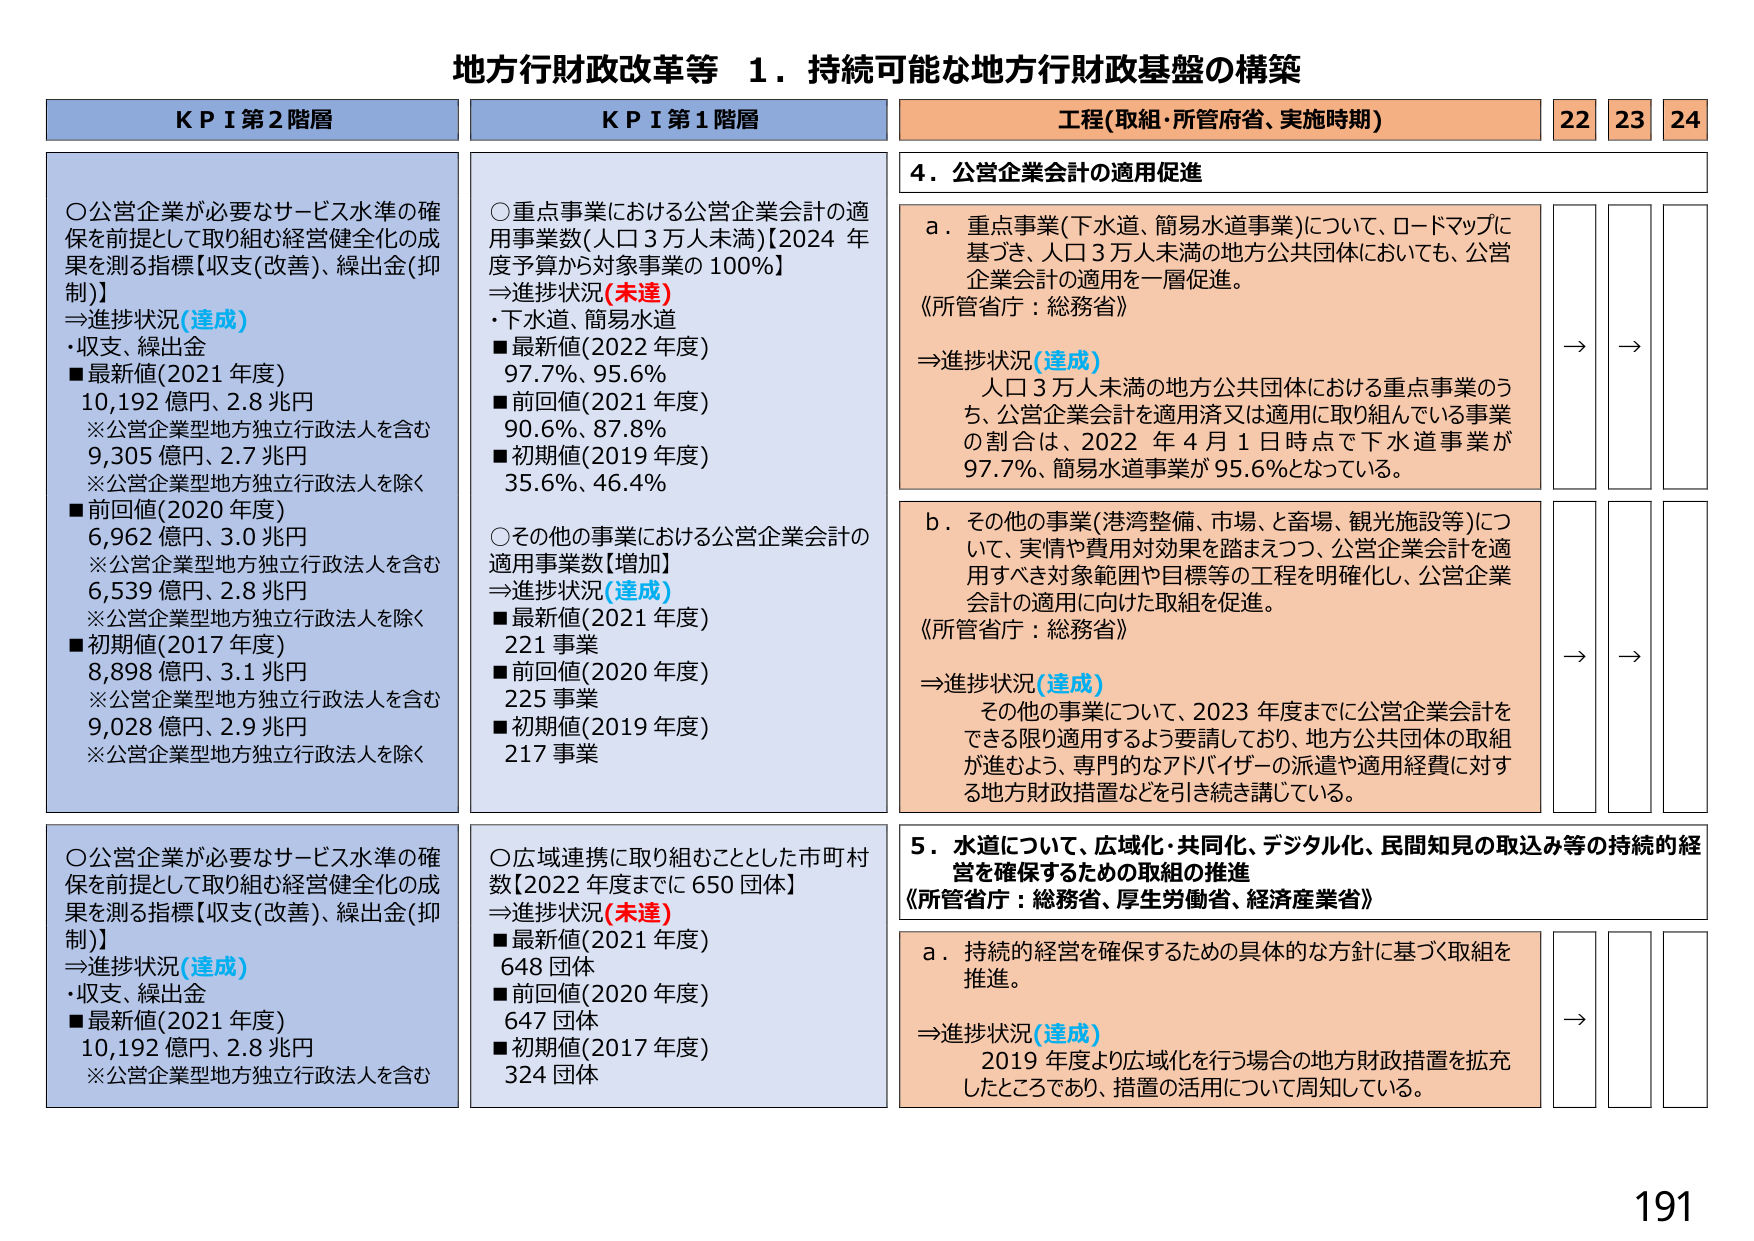
地方行財政改革等 1．持続可能な地方行財政基盤の構築

KPI 第2階層
○公営企業が必要なサービス水準の確保を前提として取り組む経営健全化の成果を測る指標【収支(改善)、繰出金(抑制)】
⇒進捗状況(達成)
・収支、繰出金
■最新値(2021年度)
10,192億円、2.8兆円
※公営企業型地方独立行政法人を含む
9,305億円、2.7兆円
※公営企業型地方独立行政法人を除く
■前回値(2020年度)
6,962億円、3.0兆円
※公営企業型地方独立行政法人を含む
6,539億円、2.8兆円
※公営企業型地方独立行政法人を除く
■初期値(2017年度)
8,898億円、3.1兆円
※公営企業型地方独立行政法人を含む
9,028億円、2.9兆円
※公営企業型地方独立行政法人を除く

○公営企業が必要なサービス水準の確保を前提として取り組む経営健全化の成果を測る指標【収支(改善)、繰出金(抑制)】
⇒進捗状況(達成)
・収支、繰出金
■最新値(2021年度)
10,192億円、2.8兆円
※公営企業型地方独立行政法人を含む

KPI 第1階層
○重点事業における公営企業会計の適用事業数(人口3万人未満)【2024年度予算から対象事業の100%】
⇒進捗状況(未達)
・下水道、簡易水道
■最新値(2022年度)
97.7%、95.6%
■前回値(2021年度)
90.6%、87.8%
■初期値(2019年度)
35.6%、46.4%

○その他の事業における公営企業会計の適用事業数(増加)
⇒進捗状況(達成)
■最新値(2021年度)
221事業
■前回値(2020年度)
225事業
■初期値(2019年度)
217事業

○広域連携に取り組むこととした市町村数【2022年度までに650団体】
⇒進捗状況(未達)
■最新値(2021年度)
648団体
■前回値(2020年度)
647団体
■初期値(2017年度)
324団体

工程(取組・所管府省、実施時期)
22 23 24

4．公営企業会計の適用促進
a．重点事業(下水道、簡易水道事業)について、ロードマップに基づき、人口3万人未満の地方公共団体においても、公営企業会計の適用を一層促進。
《所管省庁：総務省》
⇒進捗状況(達成)
人口3万人未満の地方公共団体における重点事業のうち、公営企業会計を適用済又は適用に取り組んでいる事業の割合は、2022年4月1日時点で下水道事業が97.7%、簡易水道事業が95.6%となっている。

b．その他の事業(港湾整備、市場、と畜場、観光施設等)について、実情や費用対効果を踏まえつつ、公営企業会計を適用すべき対象範囲や目標等の工程を明確化し、公営企業会計の適用に向けた取組を促進。
《所管省庁：総務省》
⇒進捗状況(達成)
その他の事業について、2023年度までに公営企業会計をできる限り適用するよう要請しており、地方公共団体の取組が進むよう、専門的なアドバイザーの派遣や適用経費に対する地方財政措置などを引き続き講じている。

5．水道について、広域化・共同化、デジタル化、民間知見の取込み等の持続的経営を確保するための取組の推進
《所管省庁：総務省、厚生労働省、経済産業省》
a．持続的経営を確保するための具体的な方針に基づく取組を推進。
⇒進捗状況(達成)
2019年度より広域化を行う場合の地方財政措置を拡充したところであり、措置の活用について周知している。

→ → →
→ → →
→

191